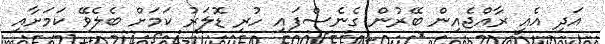
އަދި އެއީ ރާއްޖެއިން ބޭރުން ގެނެސްފައި ހުރި ޑޮލަރު ކަމަށް ބެލެވޭ ކަމަށާއި